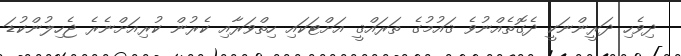
ދިވެހި ދަރީންނަކީ ދެގޮތެއްނުވެ ޤައުމުގެ ތަރައްޤީ އަށްޓަކައި ހިތްވަރާއި ކެރުން ކުރިއަށްނެރެ ޖެހިލުންކުޑަ